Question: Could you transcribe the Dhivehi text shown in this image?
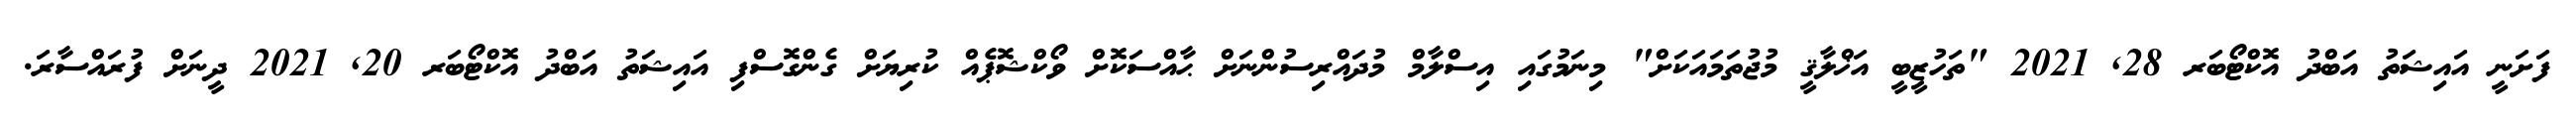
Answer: ފަށަނީ އައިޝަތު އަބްދު އޮކްޓޯބަރ 28, 2021 "ތަހުޒީބީ އަޚްލާޤީ މުޖުތަމައަކަށް" މިނަމުގައި އިސްލާމް މުދައްރިސުންނަށް ޙާއްސަކޮށް ވޯކްޝޮޕެއް ކުރިޔަށް ގެންގޮސްފި އައިޝަތު އަބްދު އޮކްޓޯބަރ 20, 2021 ދީނަށް ފުރައްސާރަ.